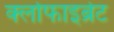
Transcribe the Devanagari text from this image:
क्लोफाइब्रेट